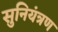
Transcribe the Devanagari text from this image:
सुनियंत्रण